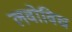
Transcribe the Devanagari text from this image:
लवोविच